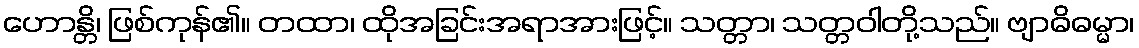
ဟောန္တိ၊ ဖြစ်ကုန်၏။ တထာ၊ ထိုအခြင်းအရာအားဖြင့်။ သတ္တာ၊ သတ္တဝါတို့သည်။ ဗျာဓိဓမ္မာ၊